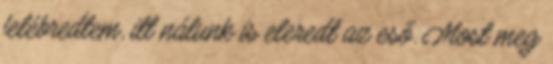
felébredtem, itt nálunk is eleredt az eső. Most meg